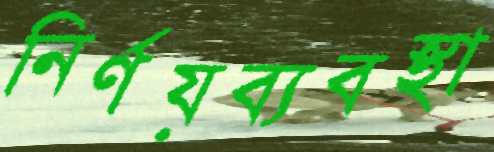
নির্ণয়ব্যবস্থা